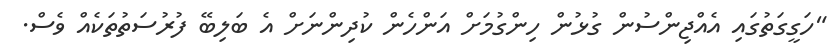
"ހަގީގަތުގައި އެއްޖިންސުން ގުޅުން ހިންގުމަށް އަންހެން ކުދިންނަށް އެ ބަލިބޭ ފުރުސަތުތަކެއް ވެސް.